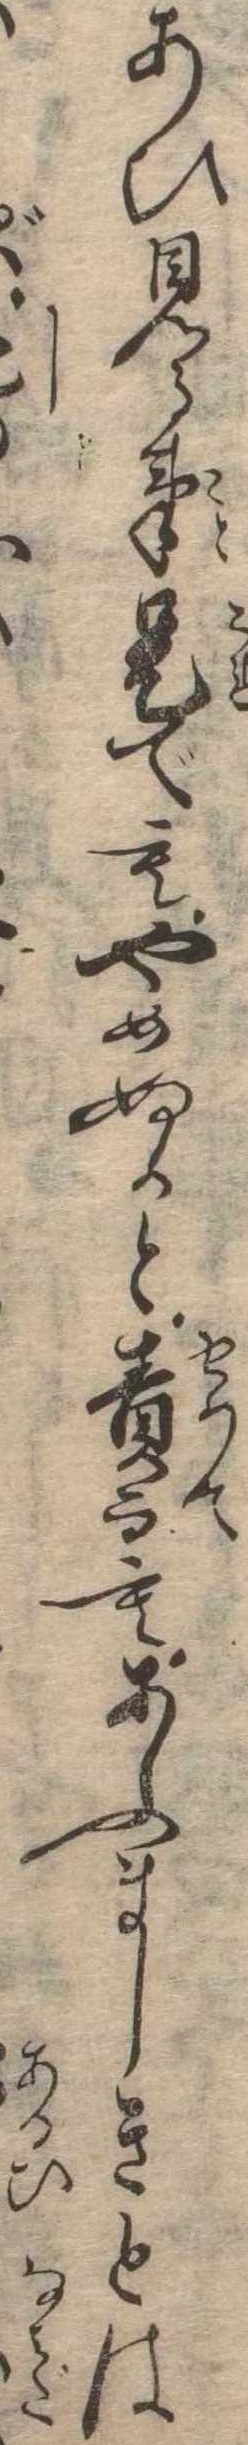
あひ見る事是でもやめぬかと責而もあふましきとは